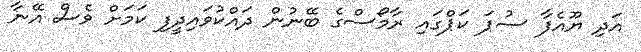
އަދި ޔޫއެފާ ސުޕަ ކަޕްގައި ރާމޯސްގެ ބޭނުން ދައްކުވައިދީފި ކަމަށް ވެސް އޭނާ